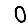
Digit: 0